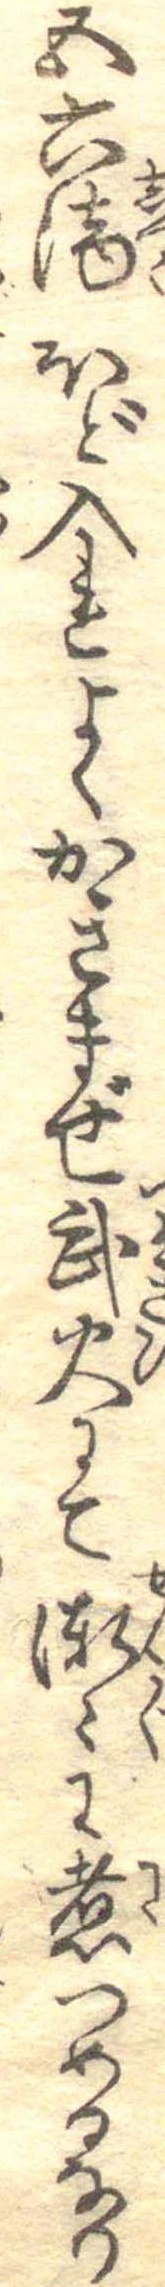
五六滴ほど入れよくかきまぜ武火にて漸々に煮つめるなり